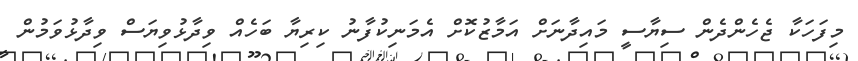
މިފަހަކާ ޖެހެންދެން ސިޔާސީ މައިދާނަށް އަމާޒުކޮށް އެމަނިކުފާނު ކިރިޔާ ބަހެއް ވިދާޅުވިޔަސް ވިދާޅުވަމުން